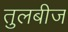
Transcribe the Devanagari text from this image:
तुलबीज